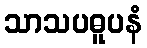
သာသပဓူပနံ